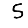
Digit: 5